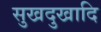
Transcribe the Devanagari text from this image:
सुखदुखादि